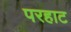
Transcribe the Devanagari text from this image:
परहाट